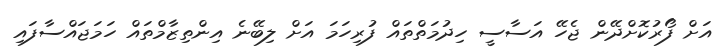
އަށް ފޯރުކޮށްދޭން ޖެހޭ އަސާސީ ހިދުމަތްތައް ފުރިހަމަ އަށް ލިބޭނެ އިންތިޒާމްތައް ހަމަޖައްސާފައި